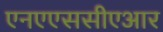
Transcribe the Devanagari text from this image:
एनएएससीएआर